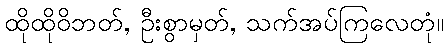
ထိုထိုဝိဘတ်, ဦးစွာမှတ်, သက်အပ်ကြလေတုံ။